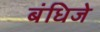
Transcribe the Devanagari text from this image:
बंधिजे